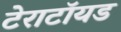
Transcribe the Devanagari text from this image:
टेराटॉयड